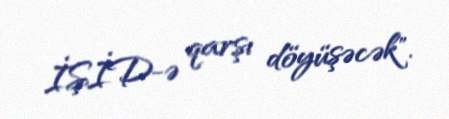
İŞİD-ə qarşı döyüşəcək".